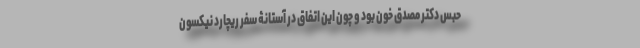
حبس دکتر مصدق خون بود و چون این اتفاق در آستانۀ سفر ریچارد نیکسون